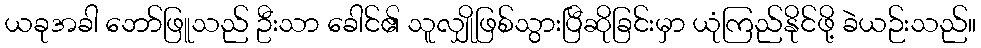
ယခုအခါ ဘော်ဖြူသည် ဦးသာ ခေါင်၏ သူလျှိုဖြစ်သွားပြီဆိုခြင်းမှာ ယုံကြည်နိုင်ဖို့ ခဲယဉ်းသည်။